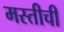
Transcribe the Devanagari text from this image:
मस्तीची